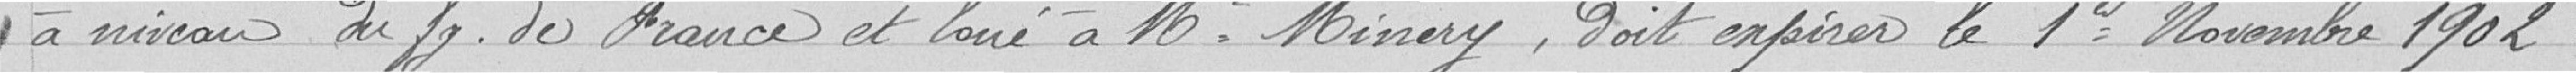
à niveau du fg. de France et loué à M. Minery, doit expirer le 1er novembre 1902.